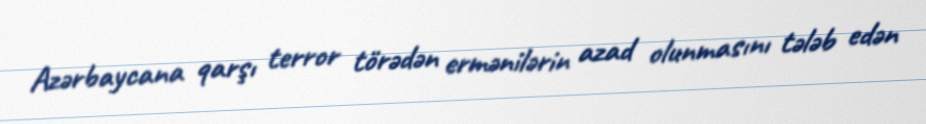
Azərbaycana qarşı terror törədən ermənilərin azad olunmasını tələb edən